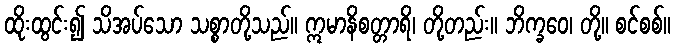
ထိုးထွင်း၍ သိအပ်သော သစ္စာတို့သည်။ ဣမာနိစတ္တာရိ၊ တို့တည်း။ ဘိက္ခဝေ၊ တို့။ စင်စစ်။